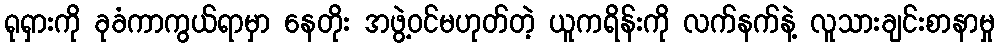
ရုရှားကို ခုခံကာကွယ်ရာမှာ နေတိုး အဖွဲ့ဝင်မဟုတ်တဲ့ ယူကရိန်းကို လက်နက်နဲ့ လူသားချင်းစာနာမှု